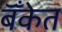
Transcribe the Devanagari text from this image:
बॅँकेत